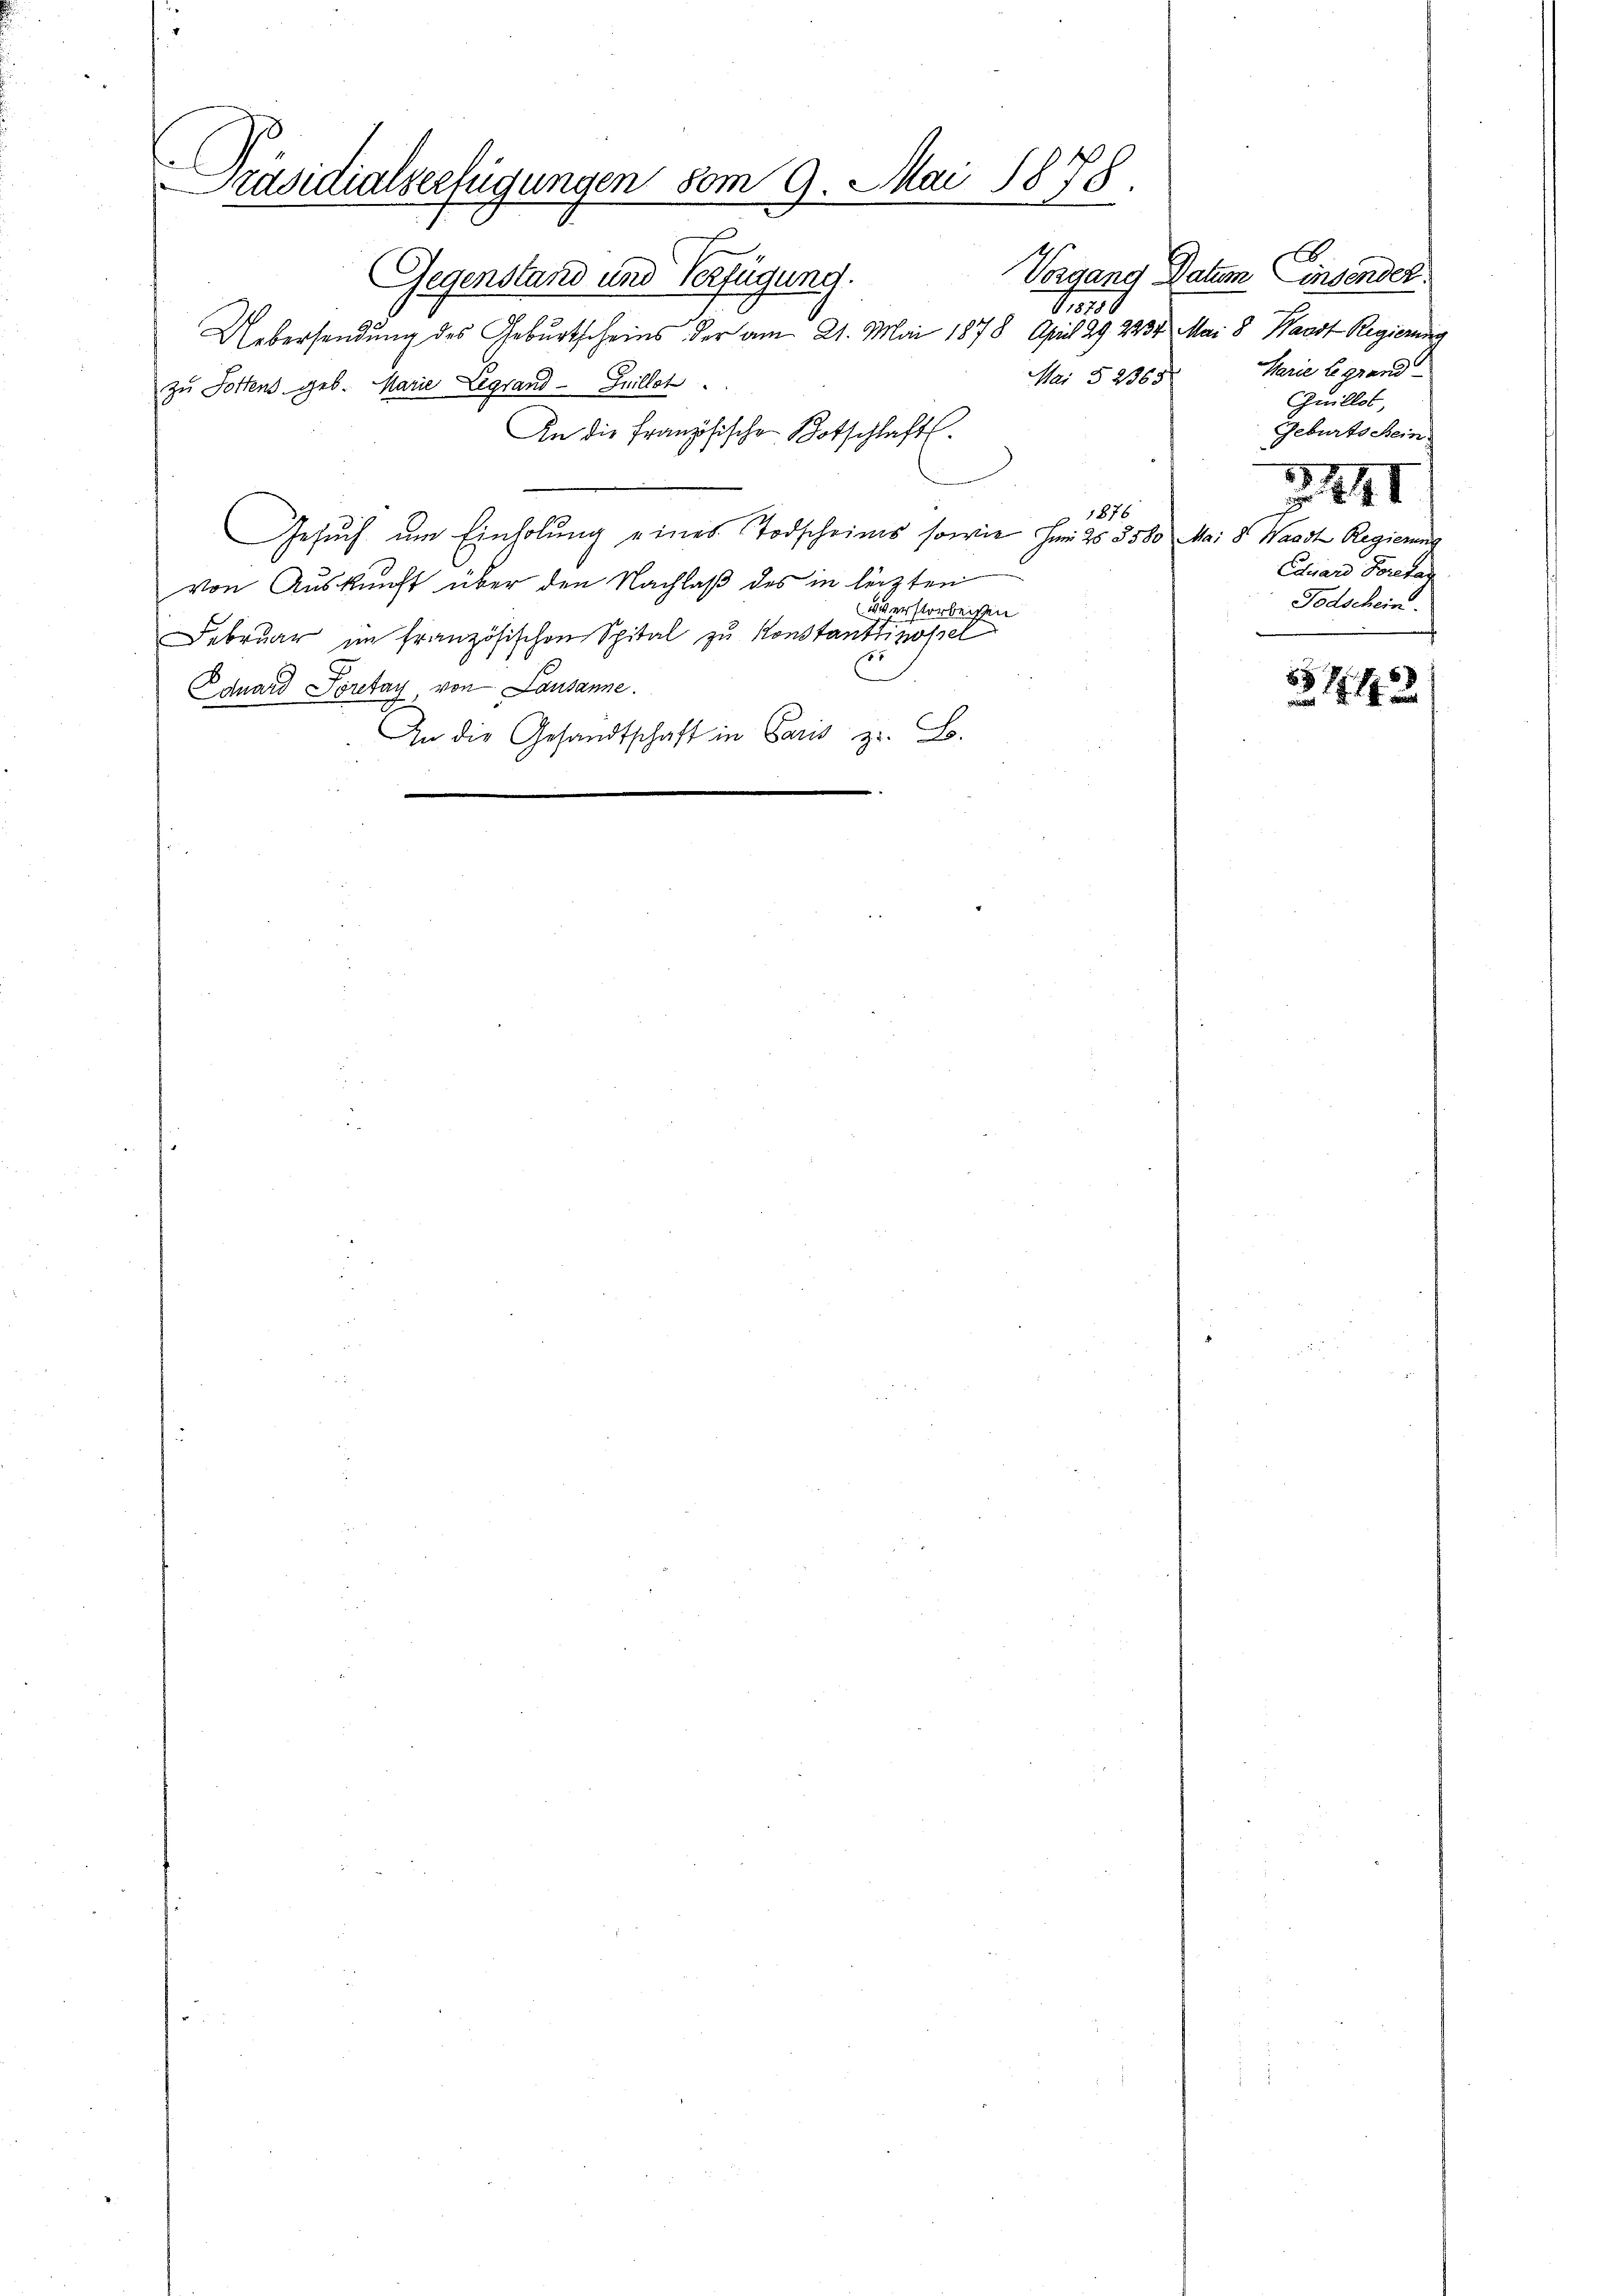
Präsidialserfügungen vom 9. Mai 1878.
Gegenstand und Verfügung.

,850
Uebersendung des Geburtscheins der am 21. Mai 1878 April 29. 2237 Mai 8 Waadt Regierung
Mai § 2365
zu Lottens geb. Marie Legrand Guillet
An die französischen Botschlaft
1876
Gesuch um Einholung eines Todscheines sowie Hands 5500 Mai 8 Waadt Regierung
von Auskunft über den Nachlaß des in letzten
verstorbeisen
Februar im französischen Spital zu Konstantinopel
Eduard Spretay von Lausanne.
An die Gesandtschaft in Paris z. B.

Vorgang Datum, Einsender
Marie le grund
Guillos,
Geburts Sein
.
41
Eduard Foretag
Todschein.

1442